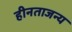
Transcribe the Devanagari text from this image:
हीनताजन्य